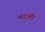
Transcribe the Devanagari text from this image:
मंदशी